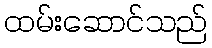
ထမ်းဆောင်သည်